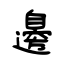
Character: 邊